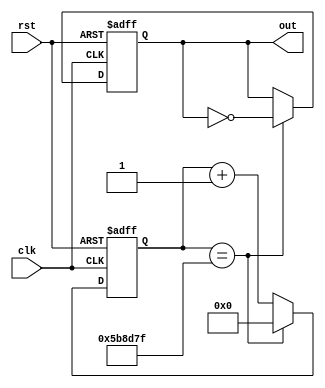
// Simple clock divider
//
// Parameters:
//      COUNT_WIDTH - Bus width for counter
//      MAX_COUNT   - Maximum value of counter
// 
// Inputs:
//      clk         - Input clock
//      rst         - Reset signal
// 
// Outputs:
//      out         - Divided clock output
// 
// Toggles out line at a divided rate given clk input.
//
// License: 0BSD

// Clock divider
module clock_divider (

    // Inputs
    input       clk,
    input       rst,
    
    // Outputs
    output  reg out    
);

    // Parameters
    parameter                   COUNT_WIDTH = 24;
    parameter [COUNT_WIDTH-1:0]   MAX_COUNT   = 6000000 - 1;

    // Internal signals
    reg div_clk;
    reg [COUNT_WIDTH:0] count;
    
    // Clock divider
    always @ (posedge clk or posedge rst) begin
        if (rst == 1'b1) begin
            count <= 0;
            out <= 0;
        end else if (count == MAX_COUNT) begin
            count <= 0;
            out <= ~out;
        end else begin
            count <= count + 1;
        end
    end
    
endmodule